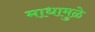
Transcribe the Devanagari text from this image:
माधामुळे